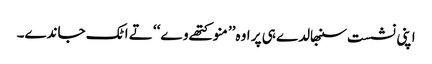
اپنی نشست سنبھالدے ہی پر اوہ’’ منو کتھے وے‘‘ تے اٹک جاندے۔